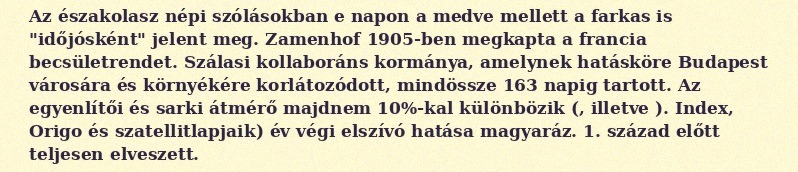
Az északolasz népi szólásokban e napon a medve mellett a farkas is "időjósként" jelent meg. Zamenhof 1905-ben megkapta a francia becsületrendet. Szálasi kollaboráns kormánya, amelynek hatásköre Budapest városára és környékére korlátozódott, mindössze 163 napig tartott. Az egyenlítői és sarki átmérő majdnem 10%-kal különbözik (, illetve ). Index, Origo és szatellitlapjaik) év végi elszívó hatása magyaráz. 1. század előtt teljesen elveszett.